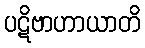
ပဋိဗာဟာယာတိ